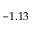
- 1 . 1 3